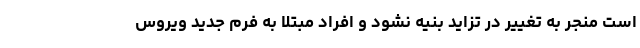
است منجر به تغییر در تزاید بنیه نشود و افراد مبتلا به فرم جدید ویروس